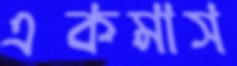
একমাস